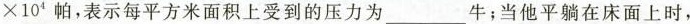
\times 1 0 ^ { 4 }$$帕，表示每平方米面积上受到的压力为___牛；当他平躺在床面上时，